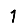
Digit: 1